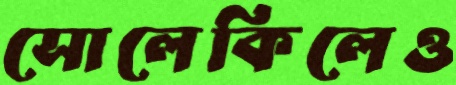
সোলেকিলেও